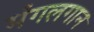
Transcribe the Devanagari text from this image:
मंगलगान